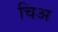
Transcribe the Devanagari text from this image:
चिअ